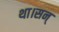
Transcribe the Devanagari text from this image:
था।सन्